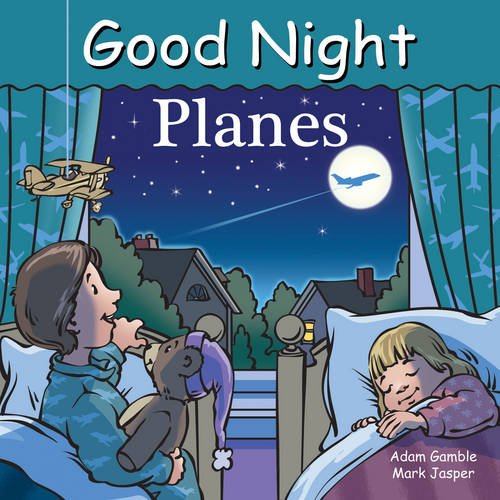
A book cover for Good Night Planes (Good Night Our World); Adam Gamble; Children's Books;